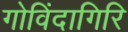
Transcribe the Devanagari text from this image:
गोविंदागिरि